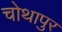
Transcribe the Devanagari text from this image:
चोथापुर